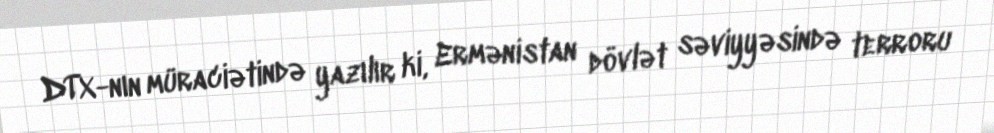
DTX-nın müraciətində yazılır ki, Ermənistan dövlət səviyyəsində terroru